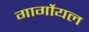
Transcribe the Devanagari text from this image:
गार्गोयल